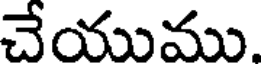
చేయుము.